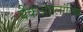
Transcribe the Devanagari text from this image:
बैंकअटलांटिक